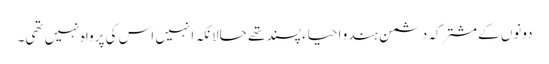
دونوں کےمشترکہ دشمن ہندو احیاء پسند تھے حالانکہ انہیں اس کی پرواہ نہیں تھی۔